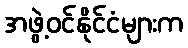
အဖွဲ့ဝင်နိုင်ငံများက